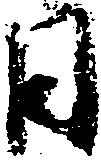
日